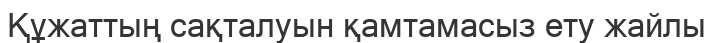
Құжаттың сақталуын қамтамасыз ету жайлы